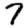
Digit: 7